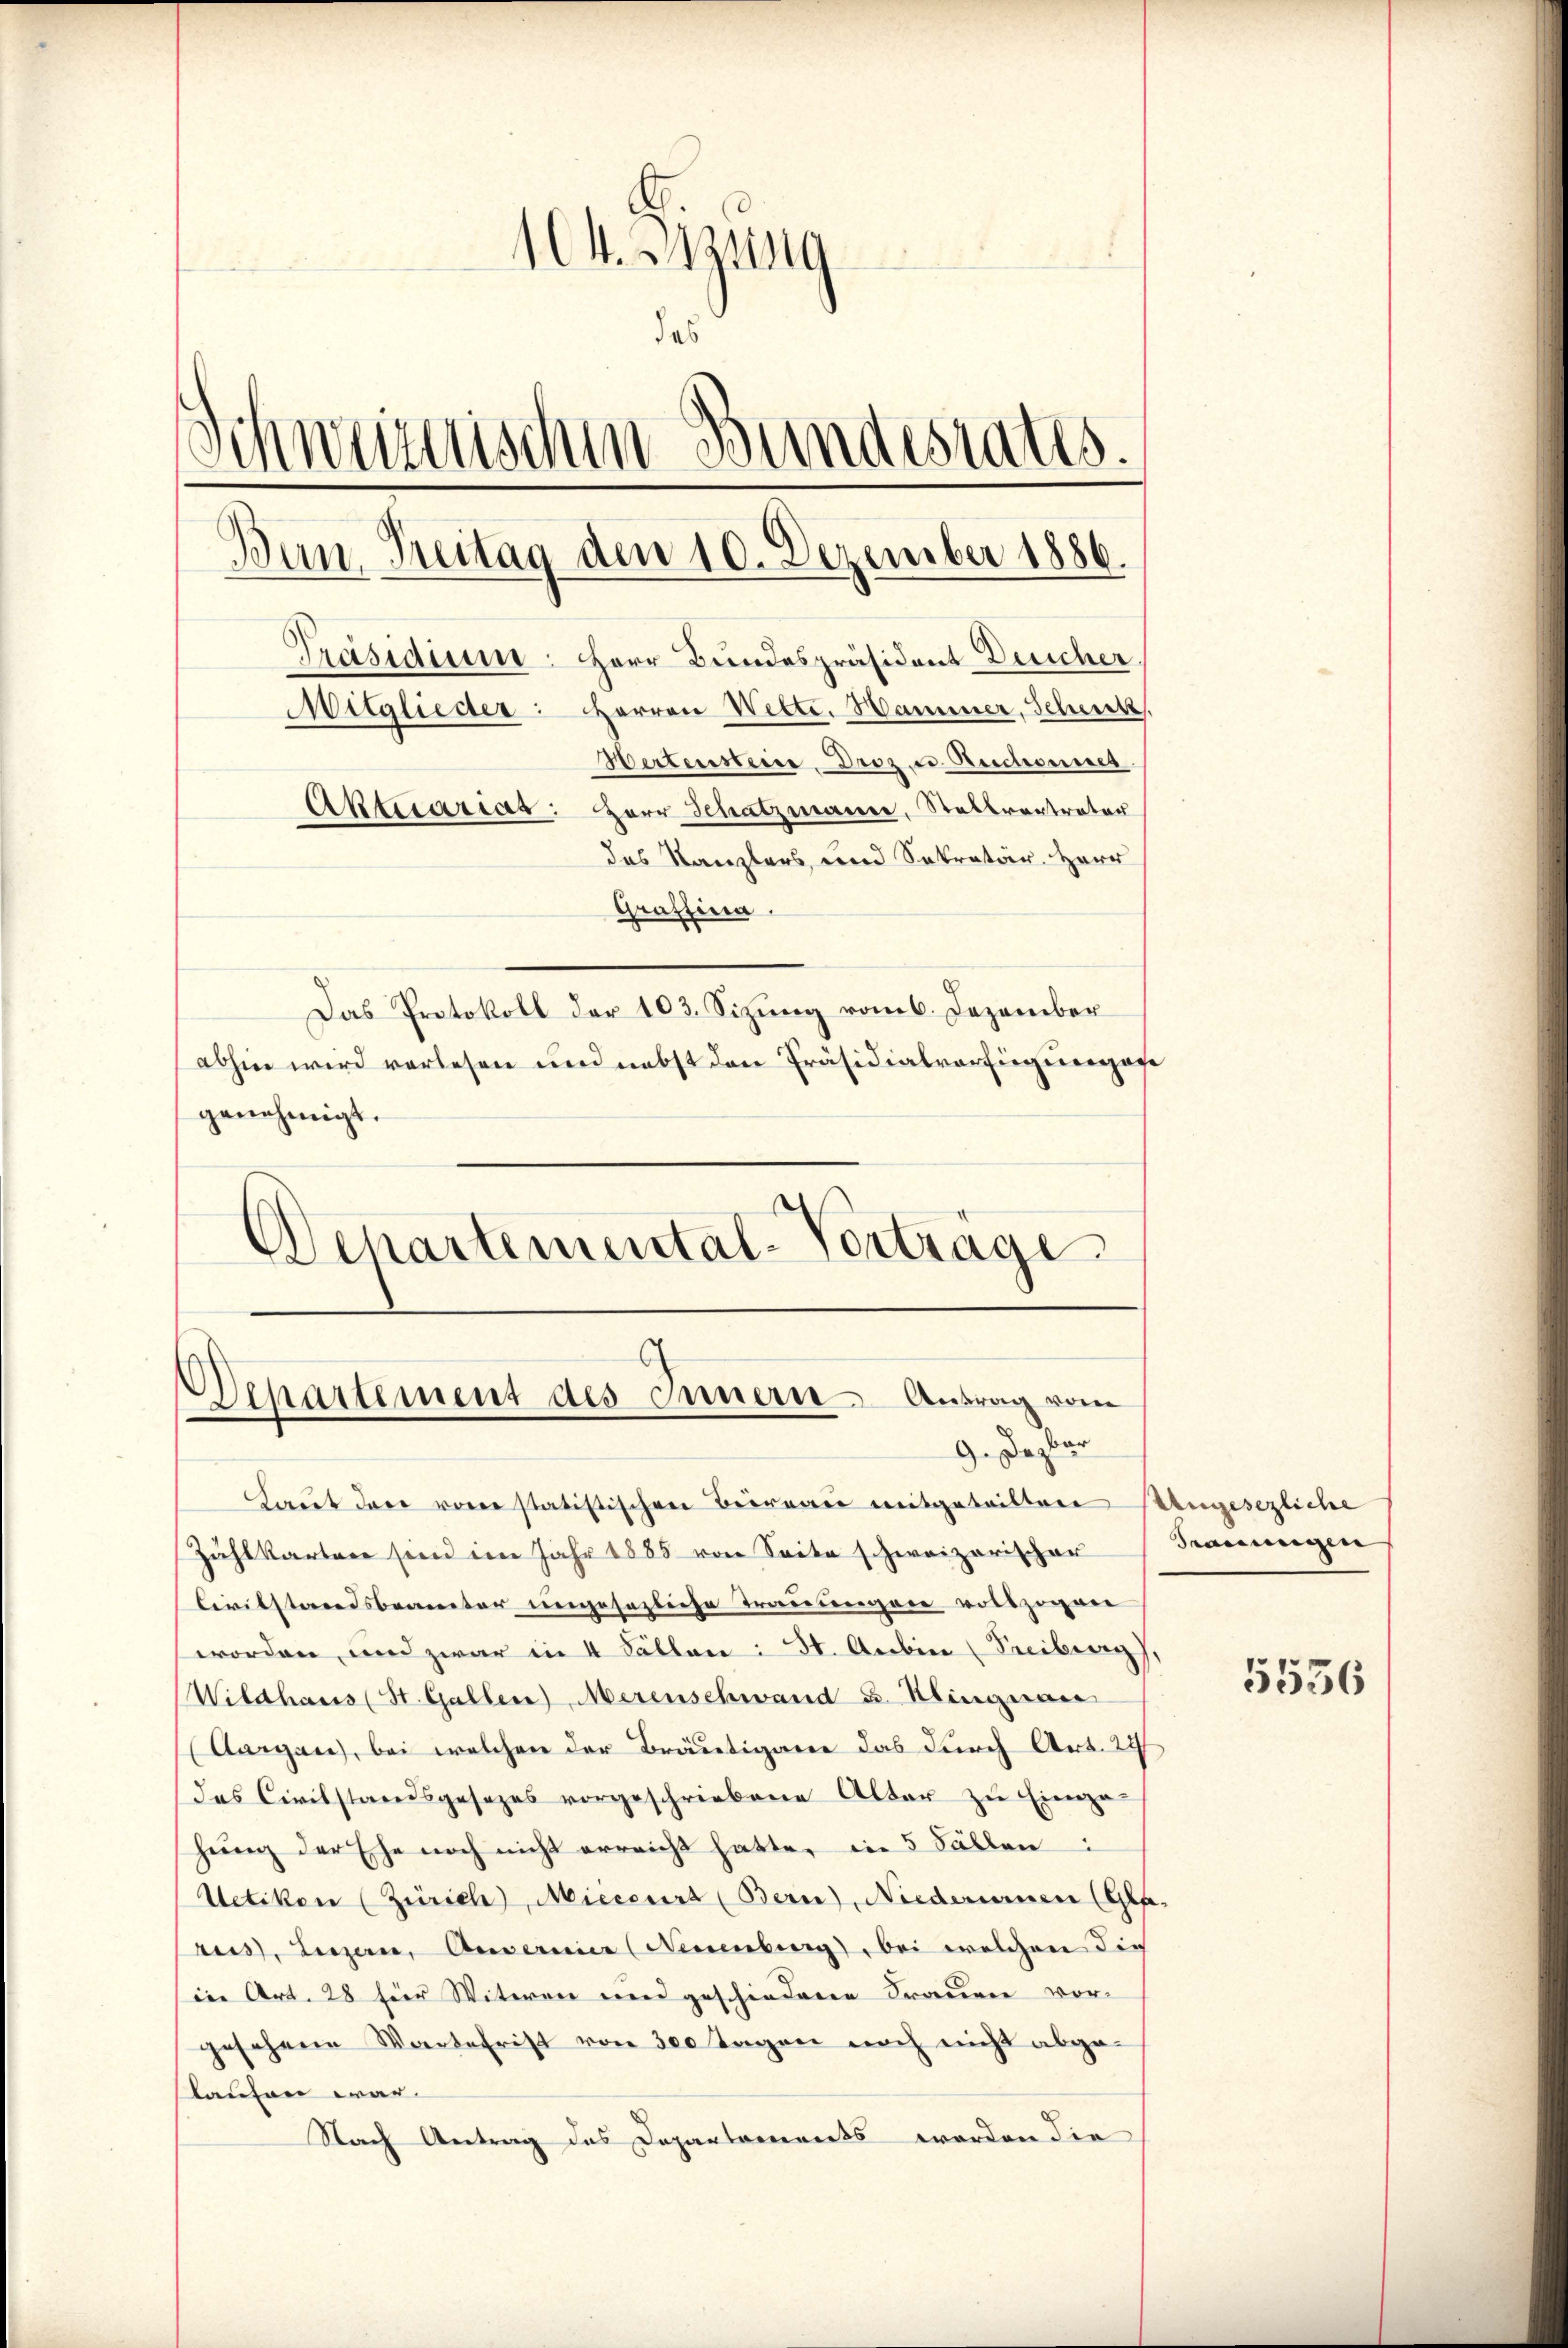
104. Btzung
das
Schweizerischen Bundestatis.
Ban. Freitag den 10. Dezember 1886.
Präsidium: Herr Bundespräsident Leicher
Mitglieder: Herren Wette. Hammer, Scheick,
Wertensteire. Droz. u. Ruchounes.
Aktuariar: Herr Schatzmanne, Stellvertrator
des Kanzlers und Sekretär. Herr
Graffina.
Das Protokoll der 103. Sizung vom 6. Dezember
abhin wird verlesen und nebst den Präsidialvorsingungef
genehmigt.

Schartemental-Vortrage

Departement des Innern Antrag vom
9. Dezbar

Laut der von statistischen Betrage mitgeteilten Mengesezliche
Zuhlkarten sein im Jahr 1885 von Seite schweizerischer
Civilstandsbeanter ungesezliche Trauungen vollzogen
worden, und zwar in 4 Fällen : St. Aubin (Freiberg
Wildhaus (St. Gallen, Merenschwand u. Klingnau
(Aargau), bei welchen der Bräutigare das durch Art. 27
das Civilstandsgesezes vorgeschriebene Alter zu Einga-
hung der Ehe noch nicht erreicht hatten in 5 Fällen:
Uetikon (Zürich, Micccurs (Bern), Niedenen (Gla-
aus, Luzern, Gewereier (Neuenburg, bei welchen die
in Art. 28 für Witwen und geschiedene Frauen vor-
gesehene Wartefrist von 300 Tagen noch nicht abgeskaufen war.
Nach Antrag des Departaments worden die

¬

Trauungen |

5536